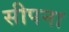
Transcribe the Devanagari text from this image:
सीपना